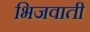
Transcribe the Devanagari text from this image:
भिजवाती